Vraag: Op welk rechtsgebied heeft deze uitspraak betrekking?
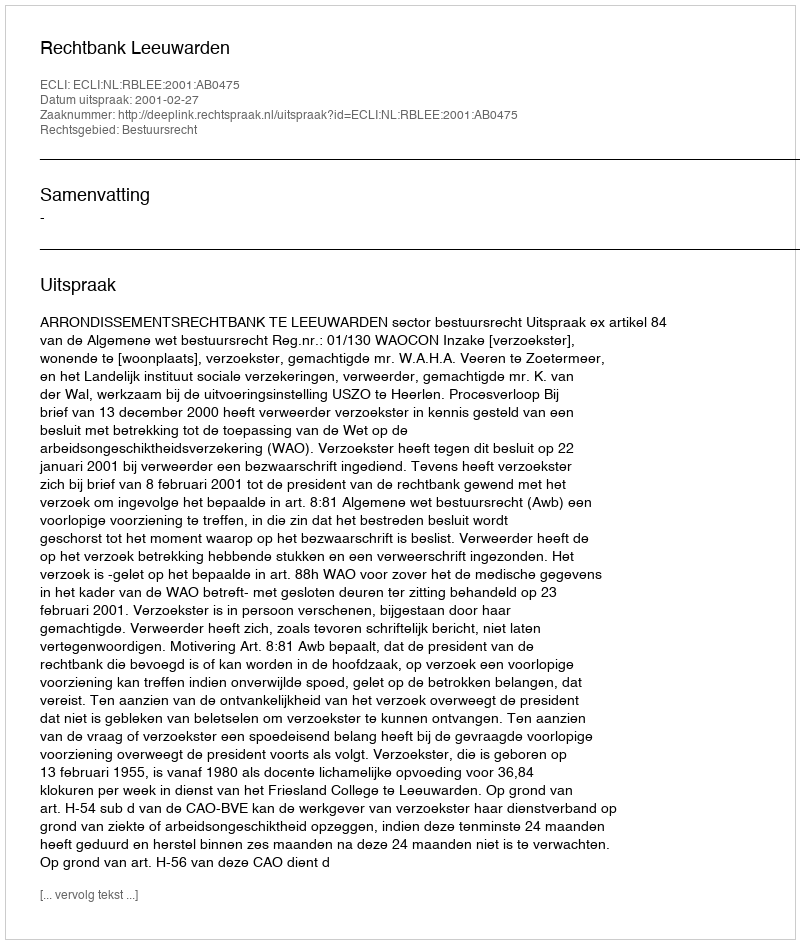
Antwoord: Bestuursrecht